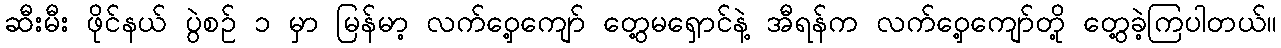
ဆီးမီး ဖိုင်နယ် ပွဲစဉ် ၁ မှာ မြန်မာ့ လက်ဝှေ့ကျော် တွေ့မရှောင်နဲ့ အီရန်က လက်ဝှေ့ကျော်တို့ တွေ့ခဲ့ကြပါတယ်။